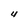
Character: 4